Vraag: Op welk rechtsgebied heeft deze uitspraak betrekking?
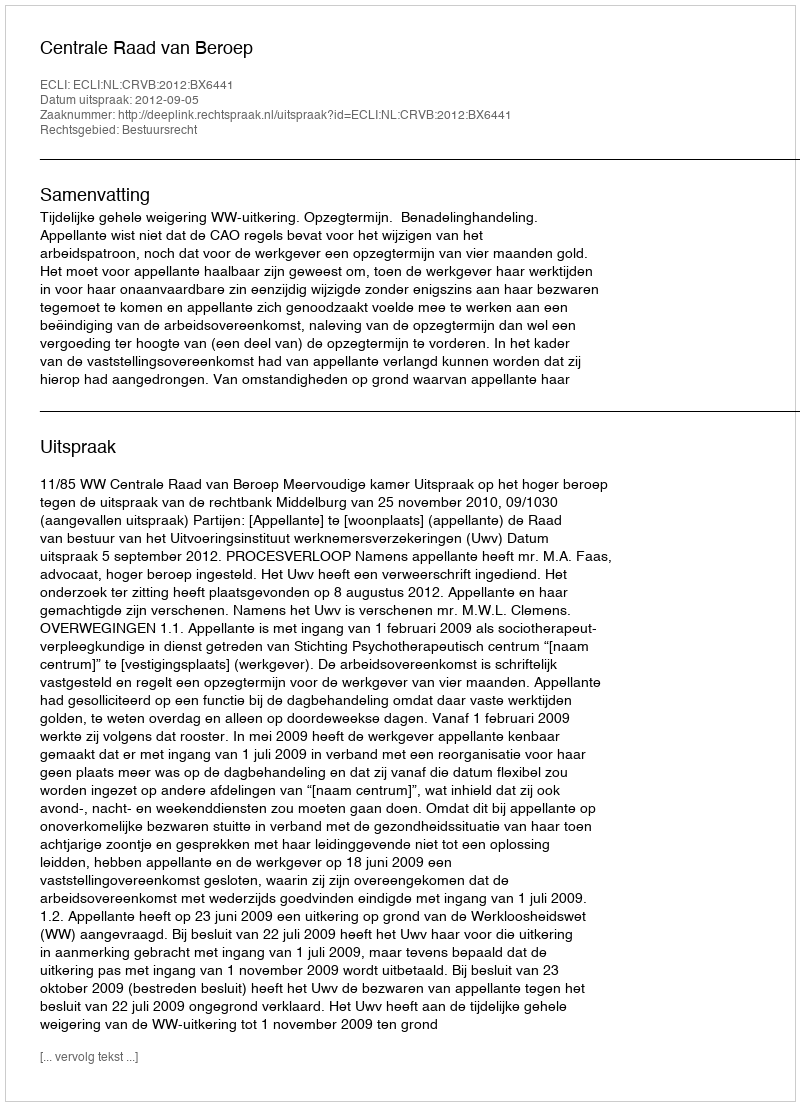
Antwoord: Bestuursrecht